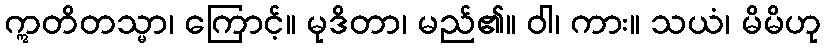
ဣတိတသ္မာ၊ ကြောင့်။ မုဒိတာ၊ မည်၏။ ဝါ၊ ကား။ သယံ၊ မိမိဟု